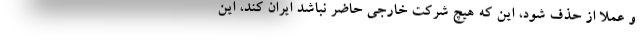
و عملاً از حذف شود، این که هیچ شرکت خارجی حاضر نباشد ایران کند، این